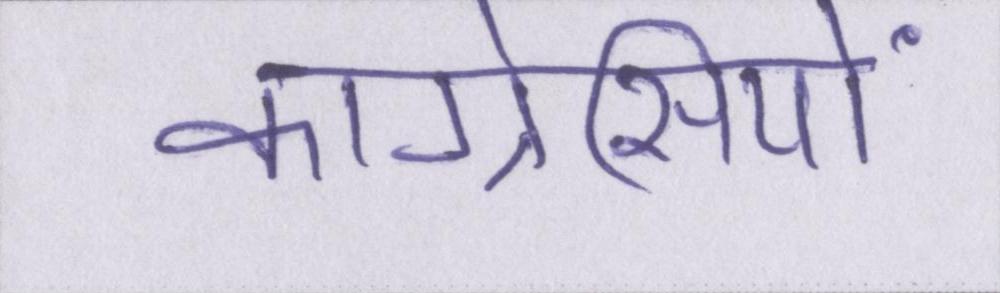
कांग्रेसियों